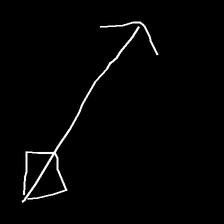
Glyph: focus